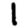
Digit: 1